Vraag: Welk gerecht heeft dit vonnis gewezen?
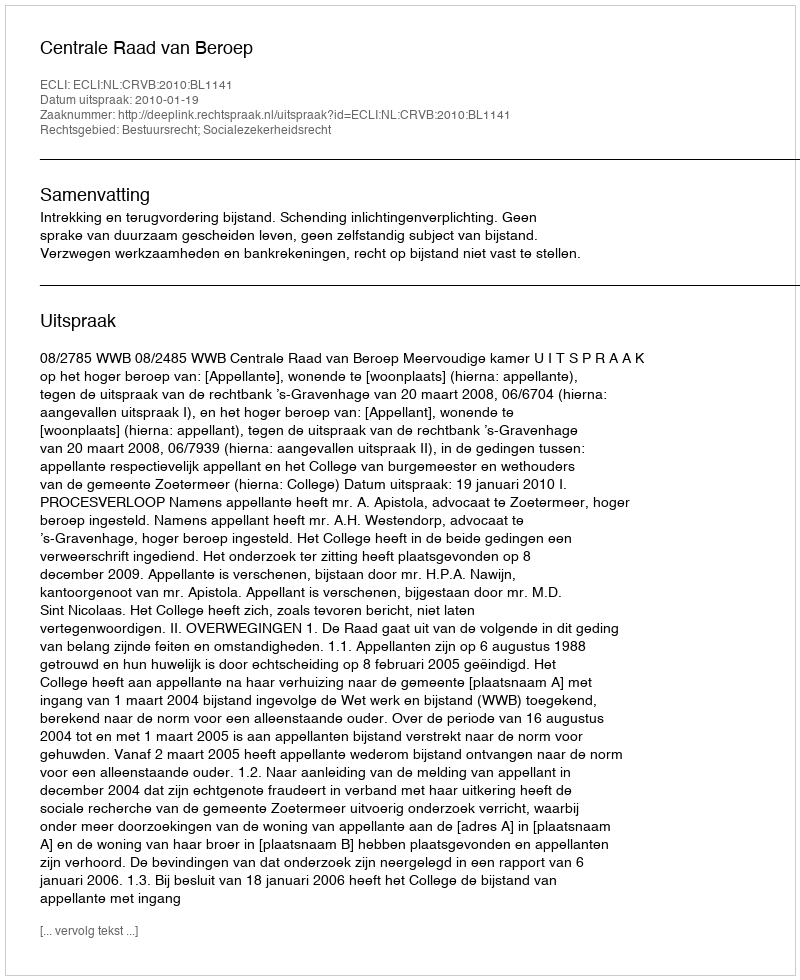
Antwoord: Centrale Raad van Beroep